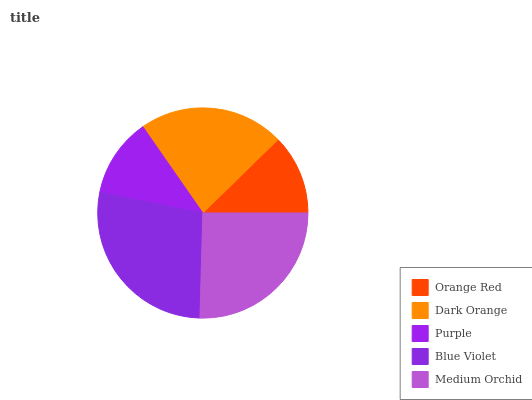
| Orange Red | Dark Orange | Purple | Blue Violet | Medium Orchid |
 | --- | --- | --- | --- | --- |
 | 12.3% | 22.3% | 12.2% | 27.7% | 25.5% |